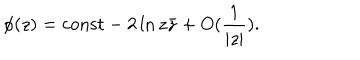
\phi ( z ) = \mathrm { c o n s t } - 2 \ln z \bar { z } + O ( \frac { 1 } { | z | } ) .